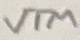
Text: VTM